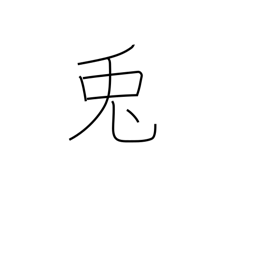
Meaning: rabbit